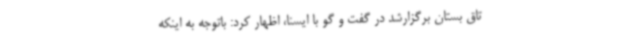
تاق بستان برگزارشد در گفت و گو با ایسنا، اظهار کرد: باتوجه به اینکه